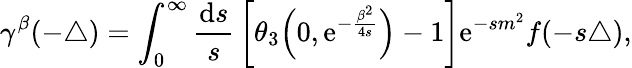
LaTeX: \gamma^{\beta}({-\triangle})=\int_{0}^{\infty}{\frac{{\mathrm{d}}s}{s}}\left[\theta_{3}\Big(0,{\mathrm{e}}^{-\frac{\beta^{2}}{4s}}\Big)-1\right]{\mathrm e}^{-sm^{2}}f(-s\triangle),